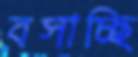
বসাচ্ছি